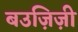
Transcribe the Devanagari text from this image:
बउज़िज़ी